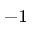
^ { - 1 }